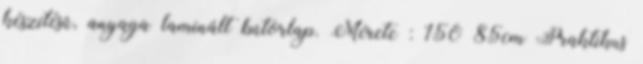
készítésû, anyaga laminált bútorlap. Mérete : 150 85cm Praktikus